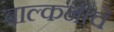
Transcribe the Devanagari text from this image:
बाल्कनीचे